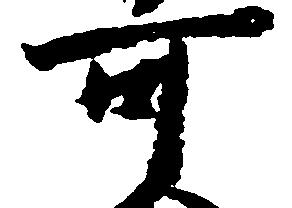
可